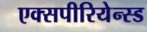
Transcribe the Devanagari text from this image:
एक्सपीरियेन्स्ड